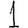
Digit: 1